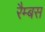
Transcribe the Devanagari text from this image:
रैम्बस